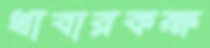
খাবারকক্ষ